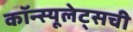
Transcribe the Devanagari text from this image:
कॉन्स्यूलेट्सची